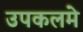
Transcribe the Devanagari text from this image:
उपकलमे